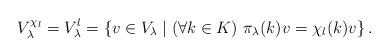
LaTeX: \begin{align*}V_\lambda^{\chi_l}=V_\lambda^l=\{v\in V_\lambda \mid (\forall k\in K)\,\, \pi_\lambda (k)v=\chi_l (k)v\}\, .\end{align*}